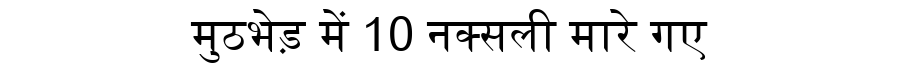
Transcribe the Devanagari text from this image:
मुठभेड़ में 10 नक्सली मारे गए